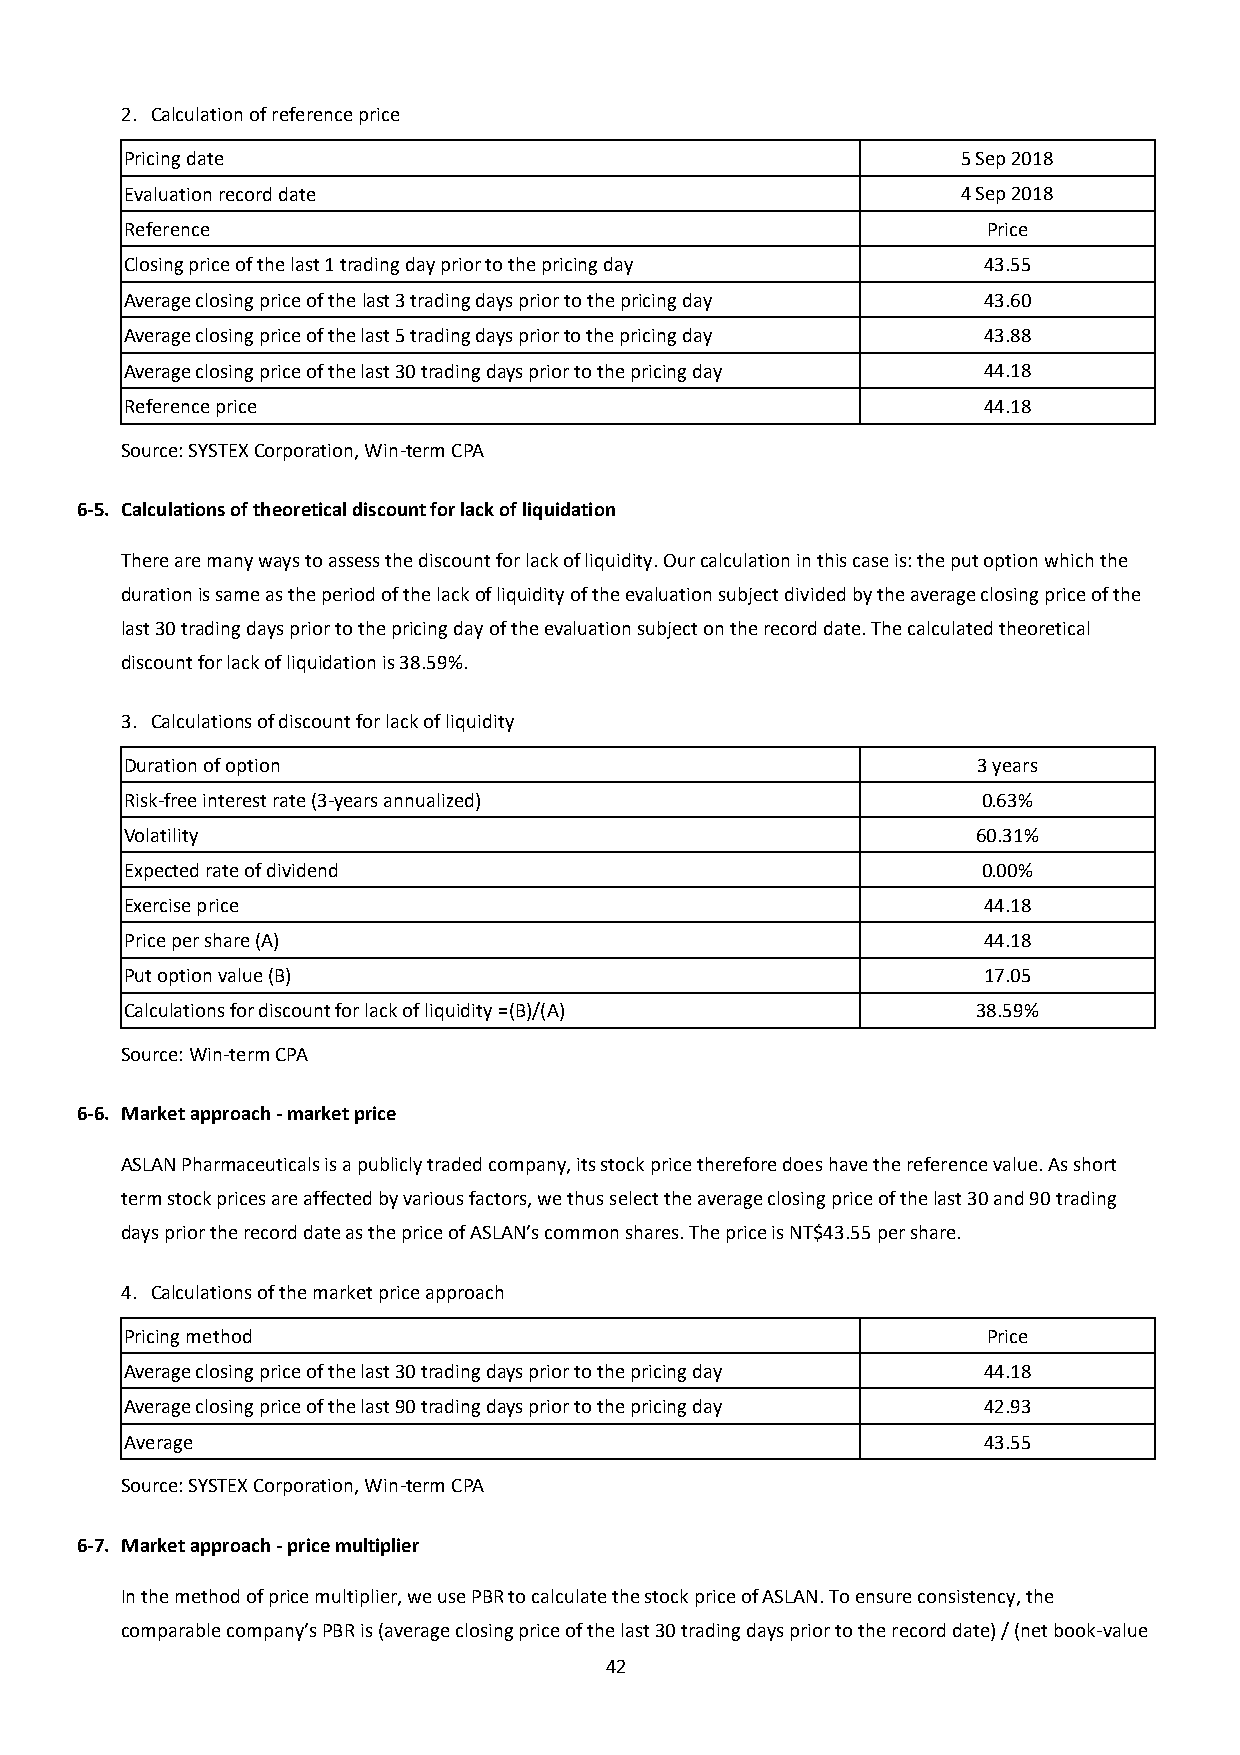
2. Calculation of reference price
 Pricing date                                            5 Sep 2018
 Evaluation record date                                  4 Sep 2018
 Reference                                                Price
 Closing price of the last 1 trading day prior to the pricing day 43.55
 Average closing price of the last 3 trading days prior to the pricing day 43.60
 Average closing price of the last 5 trading days prior to the pricing day 43.88
 Average closing price of the last 30 trading days prior to the pricing day 44.18
 Reference price                                          44.18
 Source: SYSTEX Corporation, Win-term CPA
 6-5. Calculations of theoretical discount for lack of liquidation
 There are many ways to assess the discount for lack of liquidity. Our calculation in this case is: the put option which the
 duration is same as the period of the lack of liquidity of the evaluation subject divided by the average closing price of the
 last 30 trading days prior to the pricing day of the evaluation subject on the record date. The calculated theoretical
 discount for lack of liquidation is 38.59%.
 3. Calculations of discount for lack of liquidity
 Duration of option                                       3 years
 Risk-free interest rate (3-years annualized)             0.63%
 Volatility                                               60.31%
 Expected rate of dividend                                0.00%
 Exercise price                                           44.18
 Price per share (A)                                      44.18
 Put option value (B)                                     17.05
 Calculations for discount for lack of liquidity =(B)/(A) 38.59%
 Source: Win-term CPA
 6-6. Market approach - market price
 ASLAN Pharmaceuticals is a publicly traded company, its stock price therefore does have the reference value. As short
 term stock prices are affected by various factors, we thus select the average closing price of the last 30 and 90 trading
 days prior the record date as the price of ASLAN’s common shares. The price is NT$43.55 per share.
 4. Calculations of the market price approach
 Pricing method                                           Price
 Average closing price of the last 30 trading days prior to the pricing day 44.18
 Average closing price of the last 90 trading days prior to the pricing day 42.93
 Average                                                  43.55
 Source: SYSTEX Corporation, Win-term CPA
 6-7. Market approach - price multiplier
 In the method of price multiplier, we use PBR to calculate the stock price of ASLAN. To ensure consistency, the
 comparable company’s PBR is (average closing price of the last 30 trading days prior to the record date) / (net book-value
 42